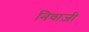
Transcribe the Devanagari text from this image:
निवाज़ी